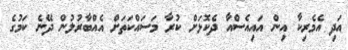
އަދި އެމެރިކާ އިން އައިއެސްއާ ދެކޮޅަށް ކުރާ މަސައްކަތަށް އެއްބާރުލުން ދޭނެ ކަމުގެ